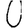
Digit: 0